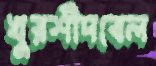
খুরশীদবেল